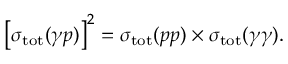
\left[ \sigma _ { \mathrm { t o t } } ( \gamma p ) \right] ^ { 2 } = \sigma _ { \mathrm { t o t } } ( p p ) \times \sigma _ { \mathrm { t o t } } ( \gamma \gamma ) .